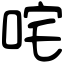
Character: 咤